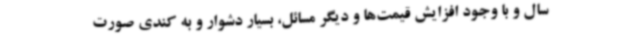
سال و با وجود افزایش قیمت‌ها و دیگر مسائل، بسیار دشوار و به کندی صورت